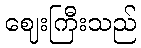
ဈေးကြီးသည်